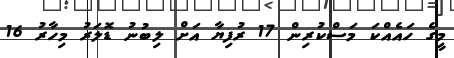
މީގެ ހައެއްކަ މަސްކުރިން 17 ރުފިޔާ އަށް ލިބުނު ޑޮލަރު މިހާރު 16